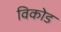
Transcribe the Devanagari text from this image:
विकोड